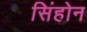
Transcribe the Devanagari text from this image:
सिंहोन